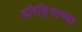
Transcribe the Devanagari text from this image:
इरिट्रियाच्या